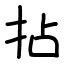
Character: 拈